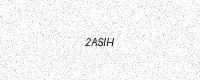
Text: 2ASIH